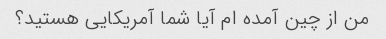
من از چین آمده ام آیا شما آمریکایی هستید؟